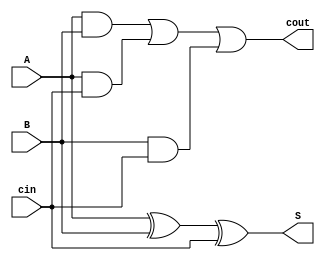
module fulladderverilog (
    input A,
    input B,
    input cin,
    output S,
    output cout
);

assign S = A ^ B ^ cin;
assign cout = (A & B) | (A & cin) | (B & cin);

endmodule